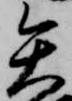
矢